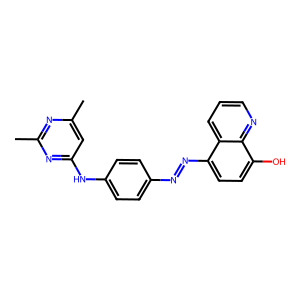
SMILES: Cc1cc(Nc2ccc(N=Nc3ccc(O)c4ncccc34)cc2)nc(C)n1
Inhibits HIV replication: No